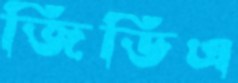
জিডিএ